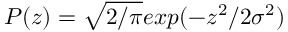
P ( z ) = \sqrt { 2 / \pi } e x p ( - z ^ { 2 } / 2 \sigma ^ { 2 } )